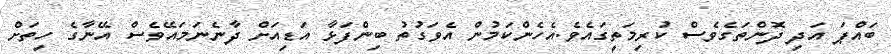
ބައްޕަ އަދި ދޮންތަގެވެސް ކުރިމަތީގައެވެ.އެހެންކަމުން އެވަގުތު ބިންފަޅާ އަޑިއަށް ދާނެނަމައޭވެސް އޭނާގެ ހިތަށް